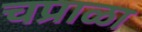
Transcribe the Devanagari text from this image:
चप्राळा